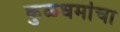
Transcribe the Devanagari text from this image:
कुळधर्माचा